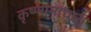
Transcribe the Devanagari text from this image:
कृष्णामाचारी